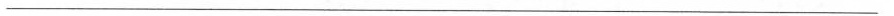
___